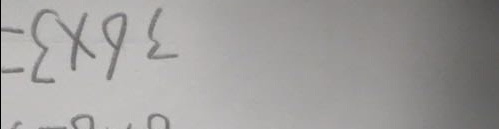
3 6 \times 3 =